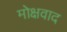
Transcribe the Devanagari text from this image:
मोक्षवाद